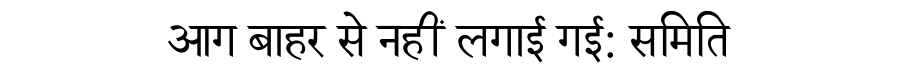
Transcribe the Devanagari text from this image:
आग बाहर से नहीं लगाई गई: समिति